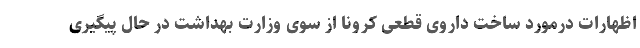
اظهارات درمورد ساخت داروی قطعی کرونا از سوی وزارت بهداشت در حال پیگیری